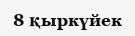
8 қыркүйек